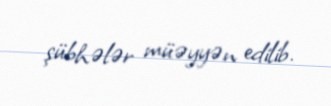
şübhələr müəyyən edilib.